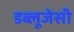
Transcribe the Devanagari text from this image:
डब्लूजेसी